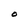
Character: O